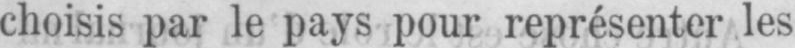
choisis par le pays pour représenter les